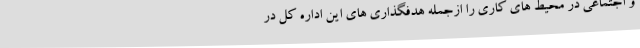
و اجتماعی در محیط های کاری را ازجمله هدفگذاری های این اداره کل در